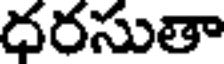
దరసుతా